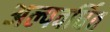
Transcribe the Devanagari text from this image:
अल्पवर्धित